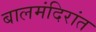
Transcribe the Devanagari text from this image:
बालमंदिरांत